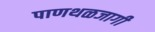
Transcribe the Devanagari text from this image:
पाणथळजागी